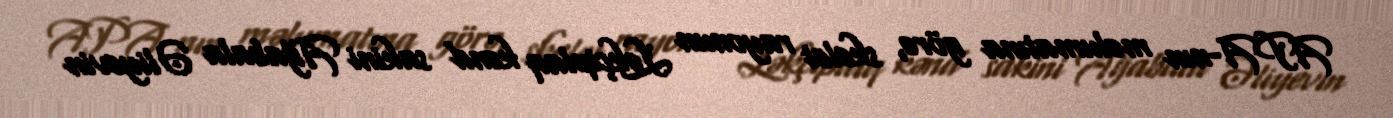
APA-nın məlumatına görə, skelet rayonun Ləkçiplaq kənd sakini Ağabala Əliyevin